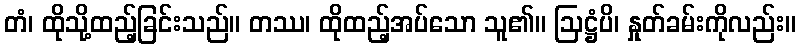
တံ၊ ထိုသို့ထည့်ခြင်းသည်။ တဿ၊ ထိုထည့်အပ်သော သူ၏။ ဩဋ္ဌံပိ၊ နှုတ်ခမ်းကိုလည်း။